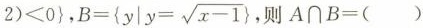
$$2)<0\right\}$$， $$B= \left\{ y|y= \sqrt{x-1}\right\}$$, 则A\cap B=( )